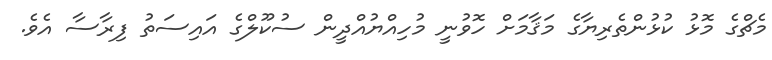
މެޗްގެ މޮޅު ކުޅުންތެރިޔާގެ މަޤާމަށް ހޮވުނީ މުހިއްޔުއްދީން ސުކޫލްގެ އައިސަތު ފިރާސާ އެވެ.